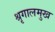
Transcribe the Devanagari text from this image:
श्रृगालमुख